Laimjala_vallavalitsus, lk 39
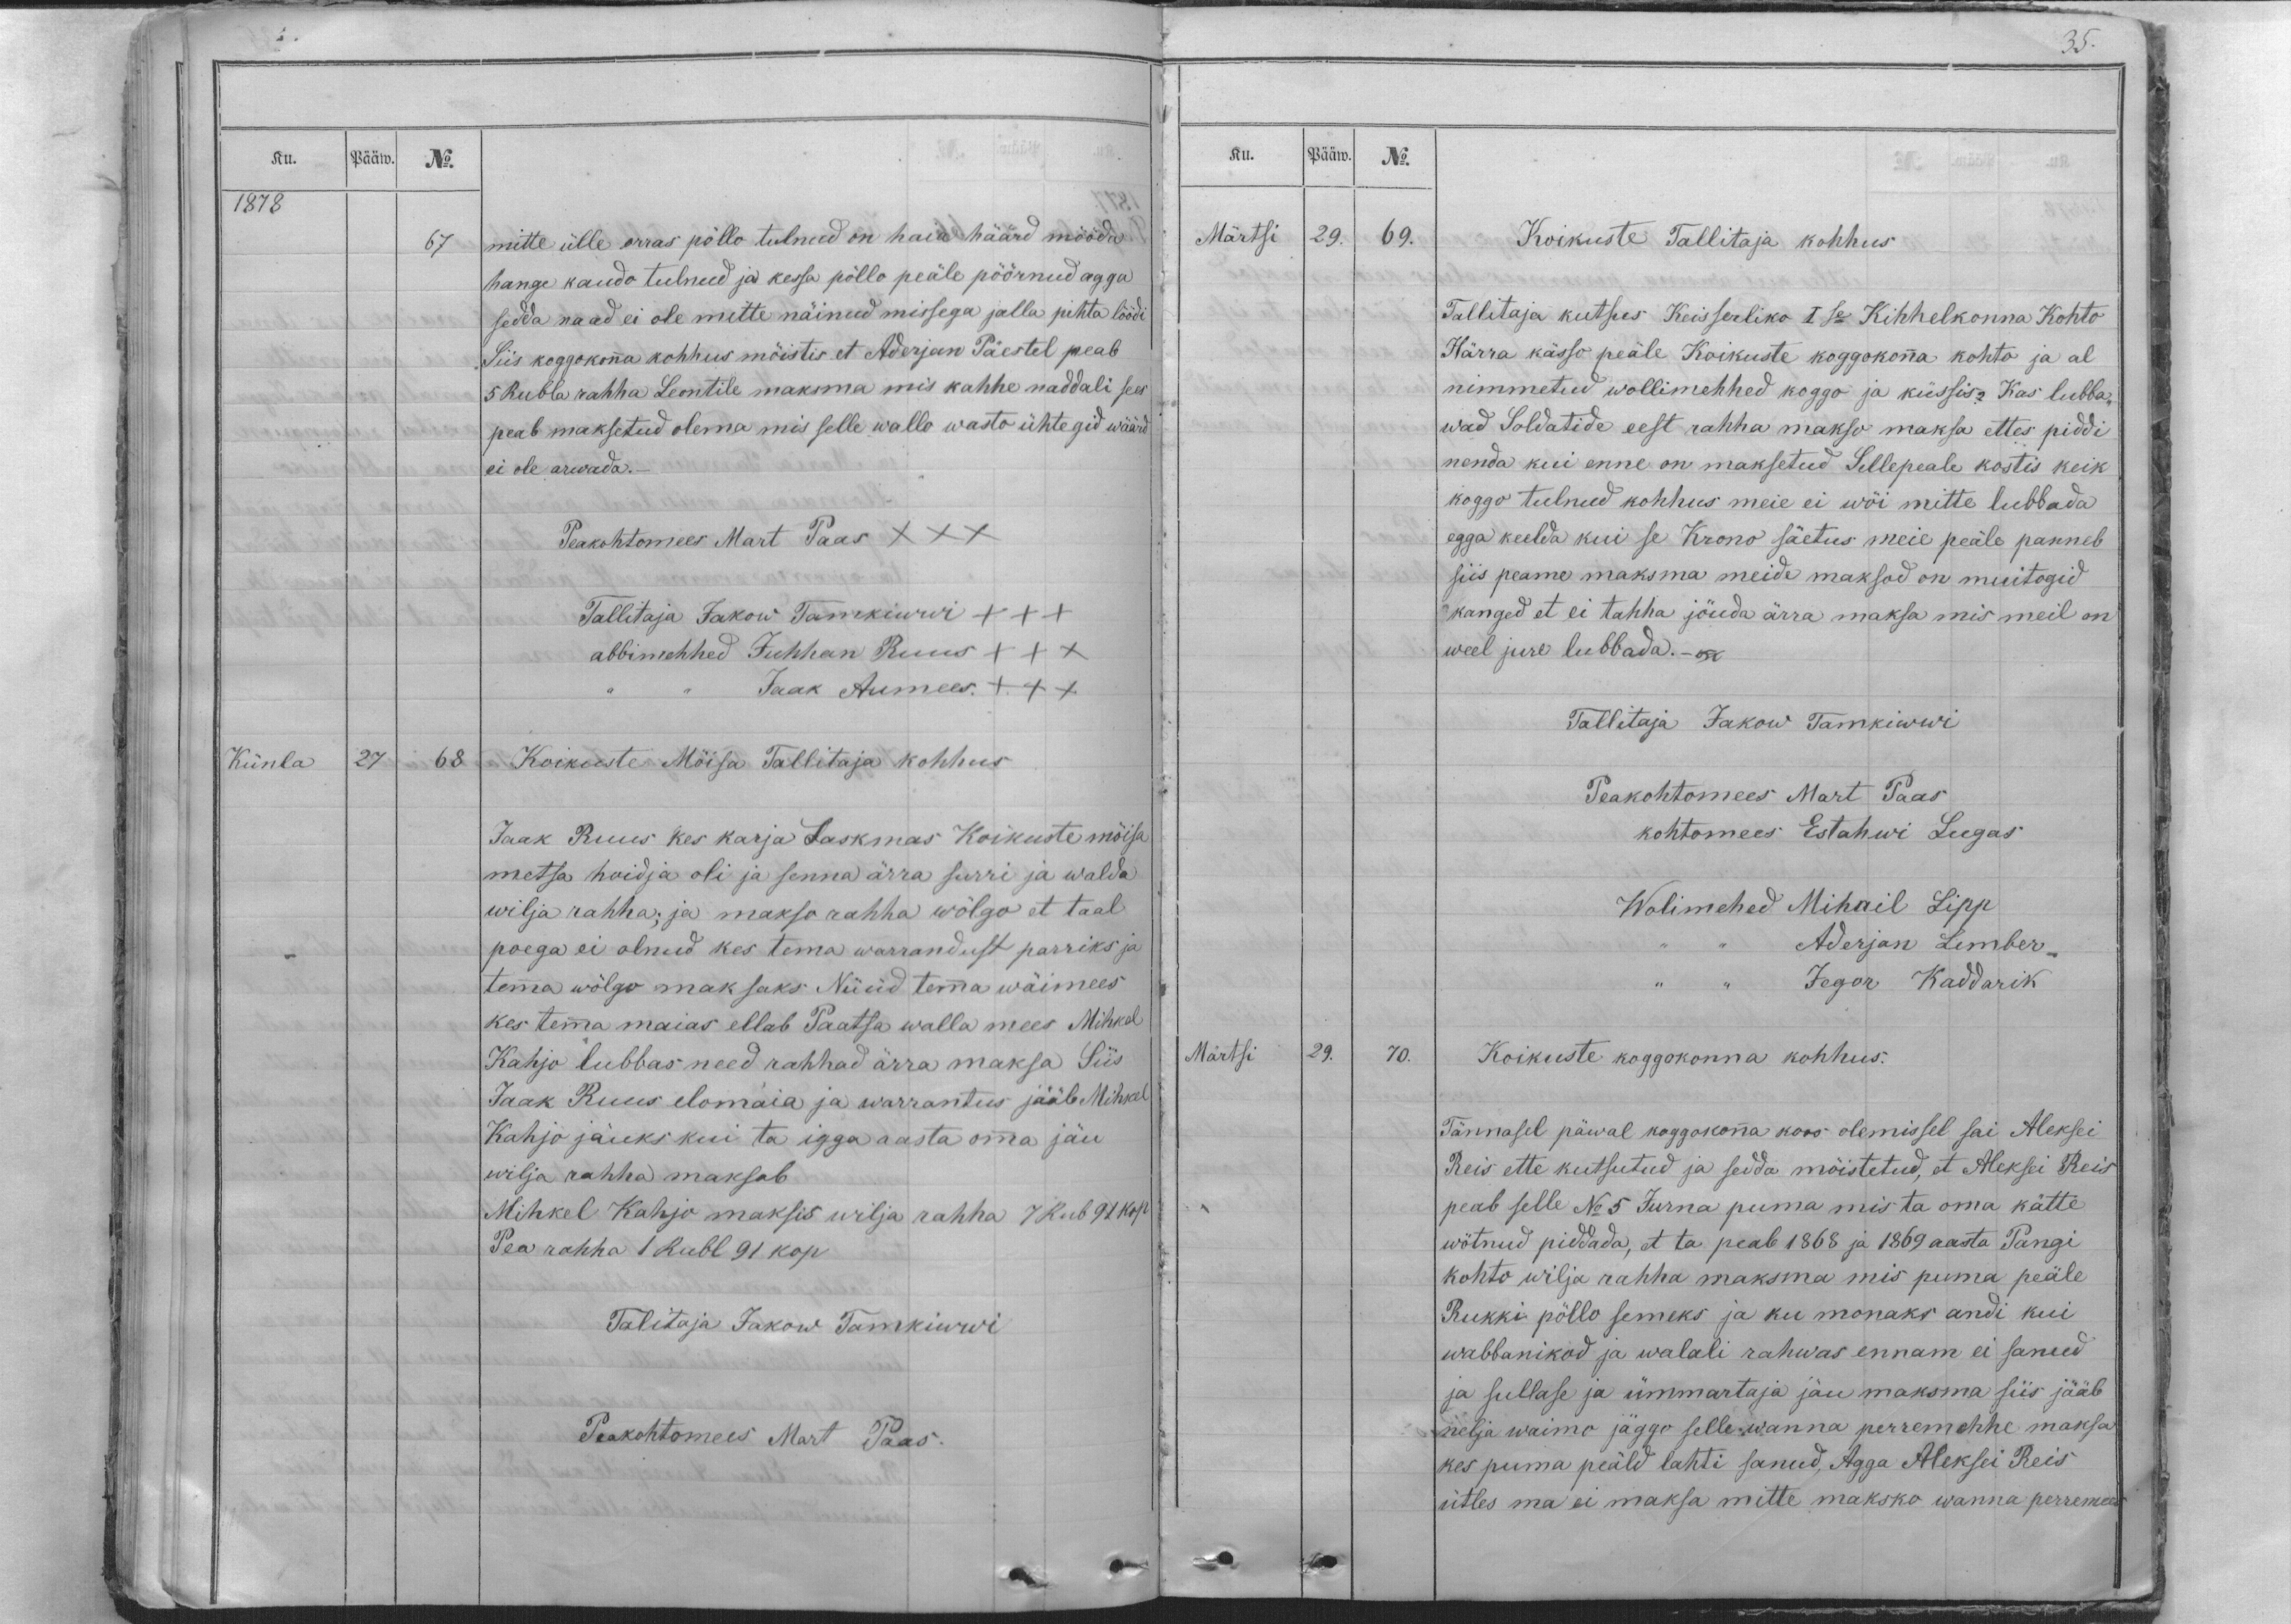
Ku.
Pääw.
No.
1878
67
mitte ülle orras pöllo tulnud on haia häärd mööda
hange kaudo tulnud ja kessa pöllo peäle pöörnud agga
sedda naad ei ole mitte näinud missega jalla pihta löödi
Siis koggokonna kohhus mõistis et Aderjan Päestel peab
5 Rubla rahha Leontile maksma mis kahhe naddali sees
peab maksetud olema mis selle wallo wasto ühtegid wäärd
ei ole arwada._
Peakohtomees Mart Paas XXX
Tallitaja Jakow Tamkiwwi XXX
abbimehhed Juhhan Ruus XXX
,, ,, Jaak Aumees. XXX
Künla
27
68
Koikuste Möisa Tallitaja kohhus
Jaak Ruus kes karja Laskmas Koikuste mõisa
metsa hoidja oli ja senna ärra surri ja walda
wilja rahha; ja makso rahha wölgo et taal
poega ei olnud kes tema warrandust parriks ja
temma wölgo maksaks. Nüüd temma wäimees
kes temma maias ellab Paatsa walla mees Mihkel
Kahjo lubbas need rahhad ärra maksa Siis
Jaak Ruus elomaia ja warrantus jääb Mihkel
Kahjo jäuks kui ta igga aasta omma jäu
wilja rahha maksab
Mihkel Kahjo maksis wilja rahha 7 Rub 91 kop
Pea rahha 1 Rubl 91 kop
Talitaja Jakow Tamkiwwi
Peakohtomees Mart Paas.

35.
Ku.
Pääw.
No.
Märtsi
29.
69.
Koikuste Tallitaja kohhus
Tallitaja kutsus Keisserliko I se Kihhelkonna Kohto
Härra kässo peäle Koikuste koggokonna kohto ja al
nimmetud wollimehhed koggo ja küssis? Kas lubba-
wad Soldatide eest rahha makso maksa ettes piddi
nenda kui enne on maksetud Sellepeale kostis keik
koggo tulnud kohhus meie ei wöi mitte lubbada
egga keelda kui se Krono säetus meie peäle panneb
siis peame maksma meide maksod on muitogid
kanged et ei tahha jöuda ärra maksa mis meil on
weel jure lubbada.-
Tallitaja Jakow Tamkiwwi
Peakohtomees Mart Paas
kohtomees Estahwi Lugas
Wolimehed Mihail Lipp
,, ,, Aderjan Lember
,, ,, Jegor Kaddarik
Märtsi
29.
70.
Koikuste koggokonna kohhus.
Tännasel päwal koggokonna koos olemissel sai Aleksei
Reis ette kutsutud ja sedda möistetud, et Aleksei Reis
peab selle No. 5 Jurna puma mis ta oma kätte
wötnud piddada, et ta peab 1868 ja 1869 aasta Pangi
kohto wilja rahha maksma mis puma peäle
Rukki pöllo semeks ja ku monaks andi kui
wabbanikod ja walali rahwas ennam ei sanud
ja sullase ja ümmartaja jäu maksma siis jääb
nelja waimo jäggo selle wanna perremehhe maksa
kes puma peäld lahti sanud, Agga Aleksei Reis
ütles ma ei maksa mitte maksko wanna perremees